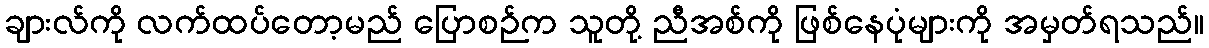
ချားလ်ကို လက်ထပ်တော့မည် ပြောစဉ်က သူတို့ ညီအစ်ကို ဖြစ်နေပုံများကို အမှတ်ရသည်။